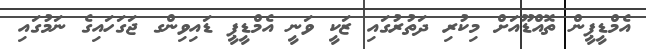
އެމްޑީޕީން ތޮއްޑޫއަށް މިކުރި ދަތުރުގައި ޒަކީ ވަނީ އެމްޑީޕީ ޑައިވިންގ ޖަގަހައިގެ ނަމުގައި